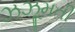
ઝઝૂમતી